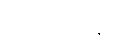
ထန်တလန်မြို့